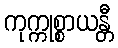
ကုက္ကုစ္စာယန္တီ